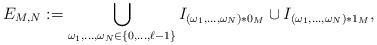
\begin{align*}E _{M , N} :=\bigcup _{\omega _1 , \ldots , \omega _N \in \{ 0 , \ldots , \ell - 1 \} } I _{(\omega _1 , \ldots , \omega _N ) \ast 0 _M } \cup I _{(\omega _1 , \ldots , \omega _N ) \ast 1 _M } ,\end{align*}